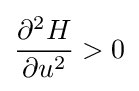
{\frac {\partial ^{2}H}{\partial u^{2}}}>0